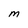
Character: m